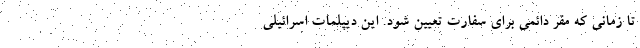
تا زمانی که مقر دائمی برای سفارت تعیین شود. این دیپلمات اسرائیلی